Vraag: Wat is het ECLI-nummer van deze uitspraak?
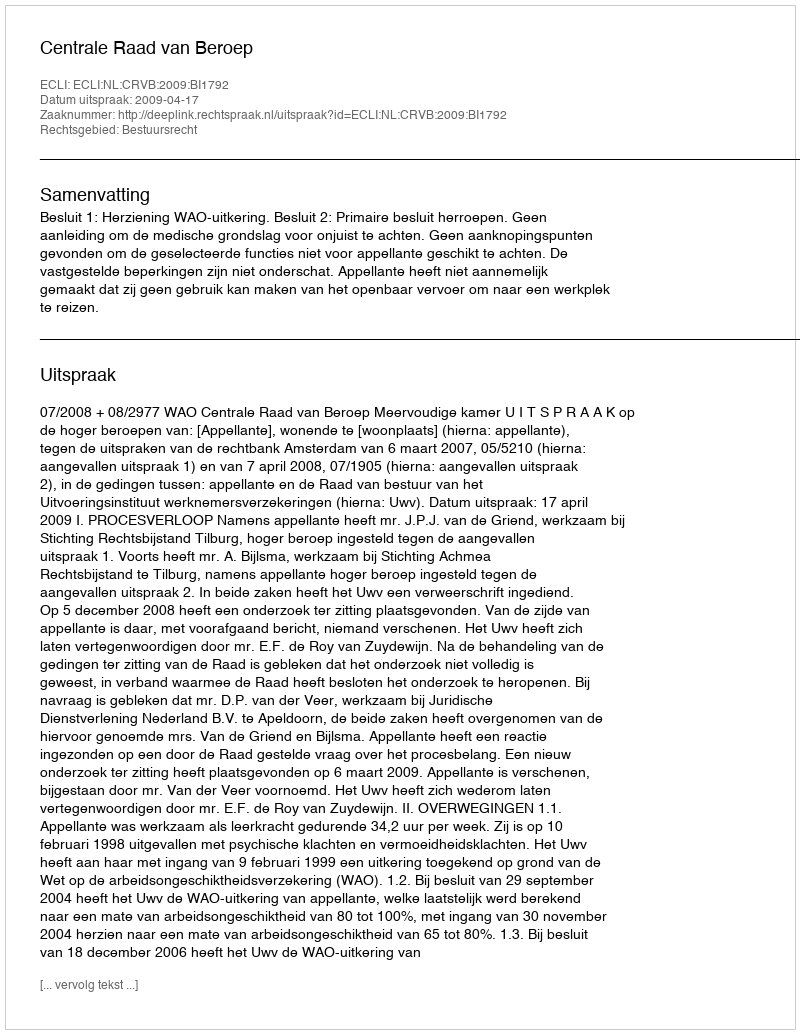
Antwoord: ECLI:NL:CRVB:2009:BI1792